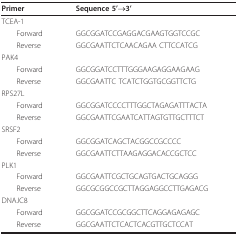
<table><thead><tr><td><b>Primer</b></td><td><b>Sequence 5'→3'</b></td></tr></thead><tbody><tr><td>TCEA-1</td><td>[EMPTY_CELL]</td></tr><tr><td> Forward</td><td>GGCGGATCCGAGGACGAAGTGGTCCGC</td></tr><tr><td> Reverse</td><td>GGCGAATTCTCAACAGAA CTTCCATCG</td></tr><tr><td>PAK4</td><td>[EMPTY_CELL]</td></tr><tr><td> Forward</td><td>GGCGGATCCTTTGGGAAGAGGAAGAAG</td></tr><tr><td> Reverse</td><td>GGCGAATTC TCATCTGGTGCGGTTCTG</td></tr><tr><td>RPS27L</td><td>[EMPTY_CELL]</td></tr><tr><td> Forward</td><td>GGCGGATCCCCTTTGGCTAGAGATTTACTA</td></tr><tr><td> Reverse</td><td>GGCGAATTCGAATCATTAGTGTTGCTTTCT</td></tr><tr><td>SRSF2</td><td>[EMPTY_CELL]</td></tr><tr><td> Forward</td><td>GGCGGATCAGCTACGGCCGCCCC</td></tr><tr><td> Reverse</td><td>GGCGAATTCTTAAGAGGACACCGCTCC</td></tr><tr><td>PLK1</td><td>[EMPTY_CELL]</td></tr><tr><td> Forward</td><td>GGCGAATTCGCTGCAGTGACTGCAGGG</td></tr><tr><td> Reverse</td><td>GGCGCGGCCGCTTAGGAGGCCTTGAGACG</td></tr><tr><td>DNAJC8</td><td>[EMPTY_CELL]</td></tr><tr><td> Forward</td><td>GGCGGATCCGCGGCTTCAGGAGAGAGC</td></tr><tr><td> Reverse</td><td>GGCGAATTCTCACTCACGTTGCTCCAT</td></tr></tbody></table>